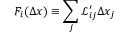
F _ { i } ( \Delta x ) \equiv \sum _ { j } \mathcal { L } _ { i j } ^ { \prime } \Delta x _ { j }